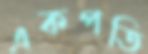
একপতি